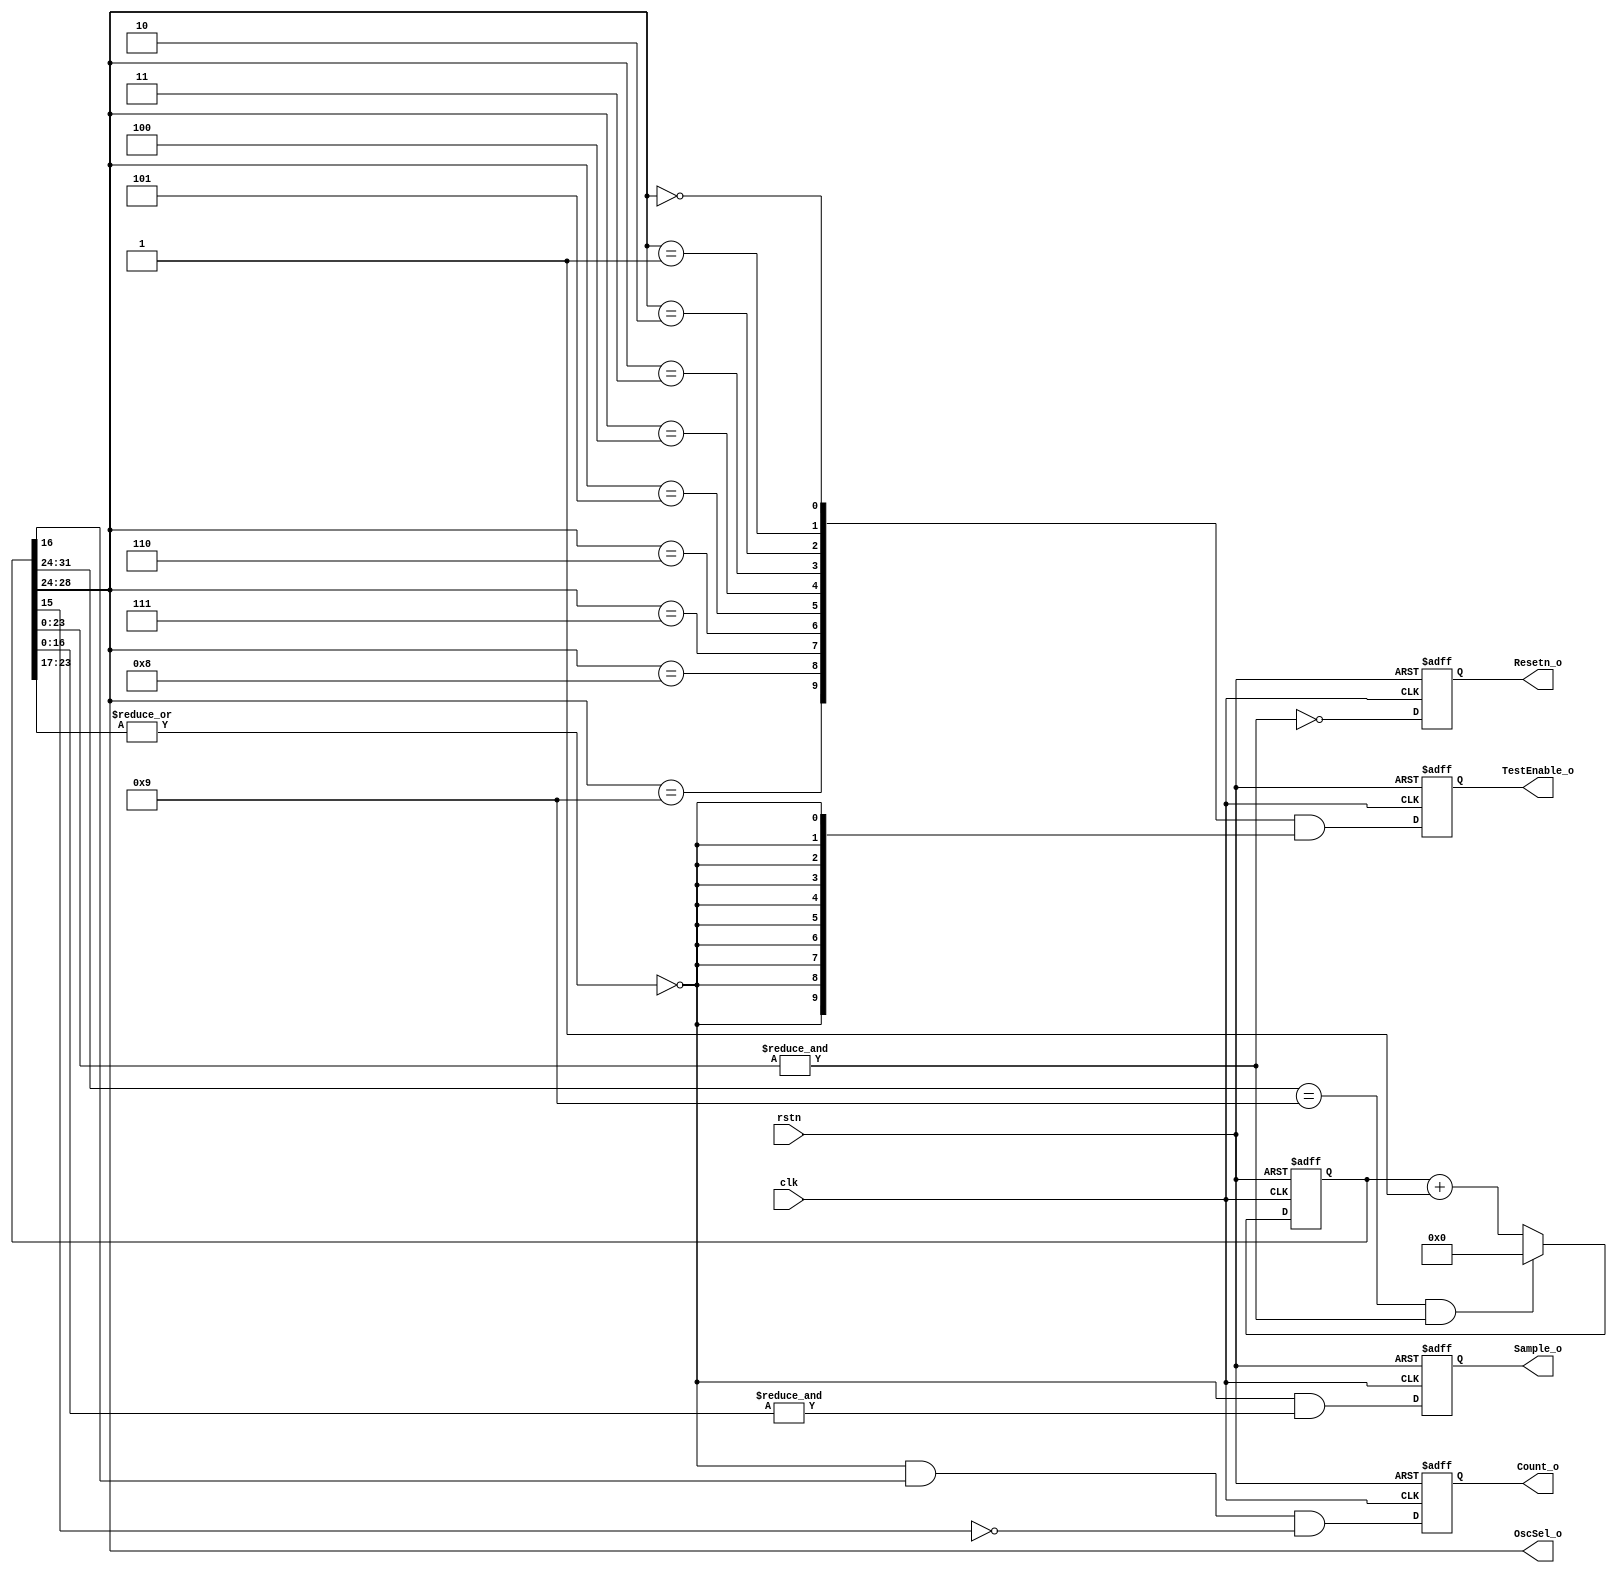
module  SampleControl #(
    parameter                       NumOsc = 10
)   (
    input   wire                    clk,
    input   wire                    rstn,

    output  wire    [NumOsc-1:0]    TestEnable_o,
    // output  wire                    AdjustEn_o,

    output  wire    [4:0]           OscSel_o,
    output  wire                    Count_o,
    output  wire                    Sample_o,
    output  wire                    Resetn_o
);

reg     [31:0]  Counter = 32'b0;

always@(posedge clk or negedge rstn) begin
    if(~rstn)
        Counter <=  32'b0;
    else if((Counter[31:24] == NumOsc - 1) && &Counter[23:0])
        Counter <=  32'b0;
    else
        Counter <=  Counter +   1'b1; 
end

reg             CountReg = 1'b0;

// Osc, 32767,  Counter  0x00010000  0x00017fff , CountReg 1, 0.
always@(posedge clk or negedge rstn) begin
    if(~rstn)
        CountReg    <=  1'b0;
    else 
        CountReg    <=  ~|Counter[23:17] & Counter[16] & ~Counter[15];
end

reg             SampleReg = 1'b0;

// SRAM ,  Counter == 0x0001ffff , SampleReg 1, 0.
always@(posedge clk or negedge rstn) begin
    if(~rstn)
        SampleReg   <=  1'b0;
    else
        SampleReg   <=  ~|Counter[23:17] & &Counter[16:0];
end

wire    [NumOsc-1:0]    Dec;

genvar i;

generate
    for(i = 0;i < NumOsc;i = i + 1) begin
        assign  Dec[i]  =   Counter[28:24] == i;
    end
endgenerate

reg     [NumOsc-1:0]    TestEnableReg = {NumOsc{1'b0}};

always@(posedge clk or negedge rstn) begin
    if(~rstn)
        TestEnableReg   <=  {NumOsc{1'b0}};
    else 
        TestEnableReg   <=  Dec &   {NumOsc{~|Counter[23:17]}};
end

reg                     ResetnReg = 1'b0;

always@(posedge clk or negedge rstn) begin
    if(~rstn)
        ResetnReg   <=  1'b0;
    else 
        ResetnReg   <=  ~&Counter[23:0];
end

assign  Resetn_o        =   ResetnReg;
assign  Count_o         =   CountReg;
assign  Sample_o        =   SampleReg;
assign  TestEnable_o    =   TestEnableReg;
assign  OscSel_o        =   Counter[28:24];

endmodule